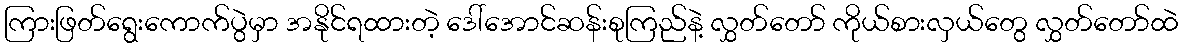
ကြားဖြတ်ရွေးကောက်ပွဲမှာ အနိုင်ရထားတဲ့ ဒေါ်အောင်ဆန်းစုကြည်နဲ့ လွှတ်တော် ကိုယ်စားလှယ်တွေ လွှတ်တော်ထဲ